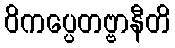
ဝိကပ္ပေတဗ္ဗာနီတိ